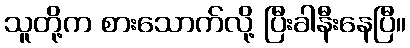
သူတို့က စားသောက်လို့ ပြီးခါနီးနေပြီ။